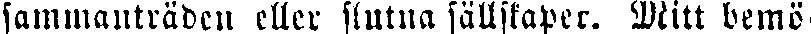
sammanträden eller slutna sällskaper. Mitt bemö